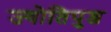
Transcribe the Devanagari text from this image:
ज्योतिपुन्ज